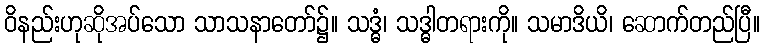
ဝိနည်းဟုဆိုအပ်သော သာသနာတော်၌။ သဒ္ဓံ၊ သဒ္ဓါတရားကို။ သမာဒိယိ၊ ဆောက်တည်ပြီ။